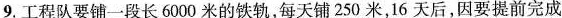
9.工程队要铺一段长6000米的铁轨，每天铺250米，16天后，因要提前完成